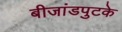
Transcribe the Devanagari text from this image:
बीजांडपुटके